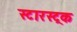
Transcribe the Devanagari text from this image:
स्टारस्ट्रक